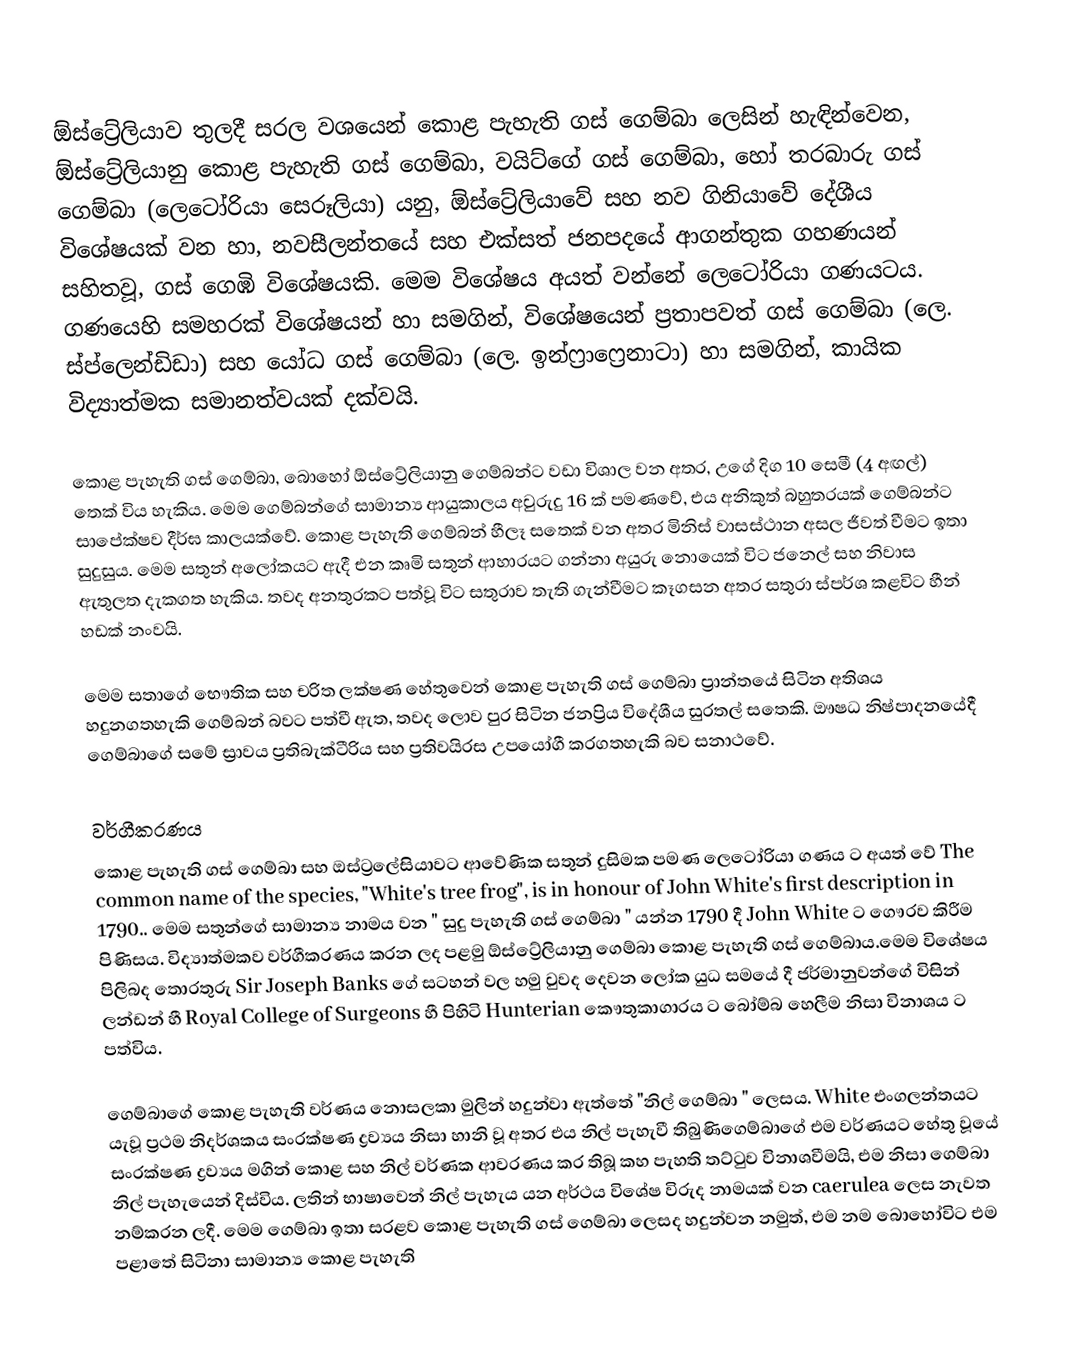
ඕස්ට්‍රේලියාව තුලදී  සරල වශයෙන්  කොළ පැහැති ගස් ගෙම්බා  ලෙසින් හැඳින්වෙන, ඕස්ට්‍රේලියානු කොළ පැහැති ගස් ගෙම්බා, වයිට්ගේ ගස් ගෙම්බා, හෝ  තරබාරු ගස් ගෙම්බා (ලෙටෝරියා සෙරූලියා) යනු,   ඕස්ට්‍රේලියාවේ සහ නව ගිනියාවේ දේශීය විශේෂයක් වන හා, නවසීලන්තයේ සහ එක්සත් ජනපදයේ ආගන්තුක ගහණයන් සහිතවූ, ගස් ගෙඹි විශේෂයකි. මෙම විශේෂය අයත් වන්නේ  ලෙටෝරියා ගණයටය. ගණයෙහි සමහරක් විශේෂයන් හා සමගින්,  විශේෂයෙන්  ප්‍රතාපවත් ගස් ගෙම්බා (ලෙ. ස්ප්ලෙන්ඩිඩා) සහ  යෝධ ගස් ගෙම්බා (ලෙ. ඉන්ෆ්‍රාෆ්‍රෙනාටා) හා සමගින්,  කායික විද්‍යාත්මක සමානත්වයක් දක්වයි.

කොළ පැහැති ගස් ගෙම්බා, බොහෝ ඕස්ට්‍රේලියානු  ගෙම්බන්ට වඩා විශාල වන අතර,  උගේ දිග 10 සෙමී (4 අඟල්) තෙක් විය හැකිය.  මෙම ගෙම්බන්ගේ සාමාන්‍ය ආයුකාලය අවුරුදු 16 ක් පමණවේ, එය අනිකුත් බහුතරයක් ගෙම්බන්ට සාපේක්ෂව දීර්ඝ කාලයක්වේ. කොළ පැහැති ගෙම්බන් හීලෑ සතෙක් වන අතර මිනිස් වාසස්ථාන අසල ජීවත් වීමට ඉතා සුදුසුය. මෙම සතුන් අලෝකයට ඇදී එන කෘමි සතුන් ආහාරයට ගන්නා අයුරු නොයෙක් විට ජනෙල් සහ නිවාස ඇතුලත දැකගත හැකිය. තවද අනතුරකට පත්වූ විට සතුරාව තැති ගැන්වීමට කෑගසන අතර සතුරා ස්පර්ශ කළවිට හීන් හඩක් නංවයි.

මෙම සතාගේ භෞතික සහ චරිත ලක්ෂණ හේතුවෙන් කොළ පැහැති ගස් ගෙම්බා ප්‍රාන්තයේ සිටින අතිශය හදුනගතහැකි ගෙම්බන් බවට පත්වී ඇත, තවද ලොව පුර සිටින ජනප්‍රිය විදේශීය සුරතල් සතෙකි. ඖෂධ නිෂ්පාදනයේදී ගෙම්බාගේ සමේ ස්‍රාවය ප්‍රතිබැක්ටීරිය සහ ප්‍රතිවයිරස උපයෝගී කරගතහැකි  බව සනාථවේ.

වර්ගීකරණය
කොළ පැහැති ගස් ගෙම්බා සහ​ ඔස්ට්‍රලේසියාවට ආවේණික සතුන් දුසිමක පමණ ලෙටෝරියා ගණය ට​ අයත් වේ The common name of the species, "White's tree frog", is in honour of John White's first description in 1790.. මෙම සතුන්ගේ සාමාන්‍ය නාමය වන " සුදු පැහැති ගස් ගෙම්බා " යන්න 1790 දී John White ට ගෞරව කිරීම පිණිසය. විද්‍යාත්මකව වර්ගීකරණය කරන ලද පළමු ඕස්ට්‍රේලියානු  ගෙම්බා කොළ පැහැති ගස් ගෙම්බාය.මෙම විශේෂය පිලිබද තොරතුරු Sir Joseph Banks ගේ සටහන් වල හමු වුවද​ දෙවන ලෝක යුධ සමයේ දී ජර්මානුවන්ගේ විසින් ලන්ඩන් හී Royal College of Surgeons හී පිහිටි Hunterian කෞතුකාගාරය ට බෝම්බ හෙලීම නිසා විනාශය ට පත්විය​.

ගෙම්බාගේ කොළ පැහැති වර්ණය නොසලකා මුලින් හදුන්වා ඇත්තේ "නිල් ගෙම්බා " ලෙසය. White එංගලන්තයට යැවූ ප්‍රථම නිදර්ශකය සංරක්ෂණ ද්‍රව්‍යය නිසා හානි වූ අතර එය නිල් පැහැවී තිබුණිගෙම්බාගේ එම වර්ණයට හේතු වූයේ සංරක්ෂණ ද්‍රව්‍යය මගින් කොළ සහ නිල් වර්ණක ආවරණය කර තිබූ කහ පැහති තට්ටුව විනාශවීමයි, එම නිසා ගෙම්බා නිල් පැහැයෙන් දිස්විය. ලතින් භාෂාවෙන් නිල් පැහැය යන අර්ථය විශේෂ විරුද නාමයක් වන  caerulea ලෙස නැවත නම්කරන ලදී. මෙම ගෙම්බා ඉතා සරළව කොළ පැහැති ගස් ගෙම්බා ලෙසද හදුන්වන නමුත්, එම නම බොහෝවිට එම පළාතේ සිටිනා සාමාන්‍ය කොළ පැහැති